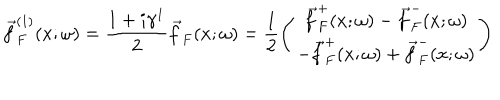
\vec { f } _ { F } ^ { ( 1 ) } ( x ; \omega ) = \frac { 1 + i \gamma ^ { 1 } } { 2 } \vec { f } _ { F } ( x ; \omega ) = \frac { 1 } { 2 } \left( \begin{array} { c } { { \vec { f } _ { F } ^ { + } ( x ; \omega ) - \vec { f } _ { F } ^ { - } ( x ; \omega ) } } \\ { { - \vec { f } _ { F } ^ { + } ( x ; \omega ) + \vec { f } _ { F } ^ { - } ( x ; \omega ) } } \\ \end{array} \right)